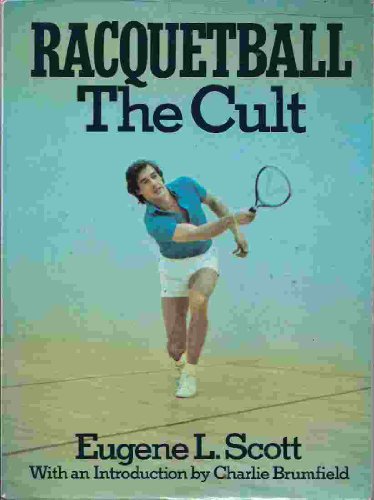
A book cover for Racquetball: The cult; Eugene L Scott; Sports & Outdoors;